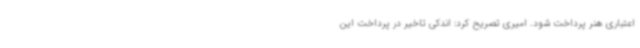
اعتباری هنر پرداخت شود. امیری تصریح کرد: اندکی تاخیر در پرداخت این